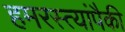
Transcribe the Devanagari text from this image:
हमरस्त्यांपैकी